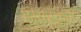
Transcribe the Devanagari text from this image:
हायस्कुले